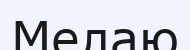
Мелаю